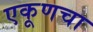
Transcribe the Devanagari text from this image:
एकूणचा